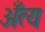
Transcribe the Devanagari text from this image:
अँत्य